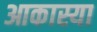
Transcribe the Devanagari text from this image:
आकास्या